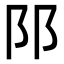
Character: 𨸙